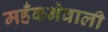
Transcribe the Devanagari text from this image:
महँकनेवाली